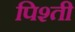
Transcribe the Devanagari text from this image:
पिश्ती